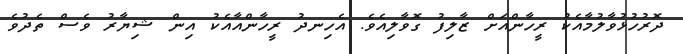
ދޮރުހުޅުވާލުމާއެކު ރީހާންއަށް ޒާލިފު ގޮވާލިއެވެ. އެހިނދު ރީހާންއާއެކު އިން ޝިޔާރު ވެސް ތެދުވެ